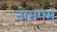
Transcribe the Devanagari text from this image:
जोसफ्स